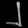
Digit: ၂